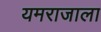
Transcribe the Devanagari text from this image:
यमराजाला